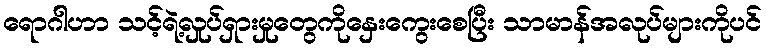
ရောဂါဟာ သင့်ရဲ့လှုပ်ရှားမှုတွေကိုနှေးကွေးစေပြီး သာမာန်အလုပ်များကိုပင်